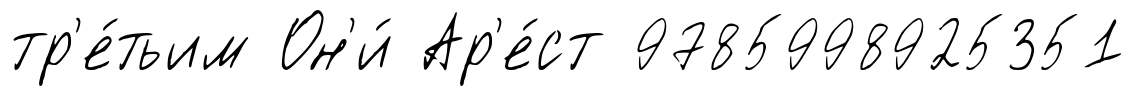
тр'е́тьим Он'и́ Ар'е́ст 9785998925351